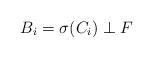
LaTeX: \begin{align*}B_i = \sigma(C_i) \perp F\end{align*}